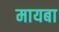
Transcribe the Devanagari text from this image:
मायबा